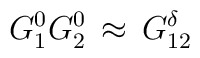
G^0_1G^0_2\,\approx\,G^{\delta}_{12}